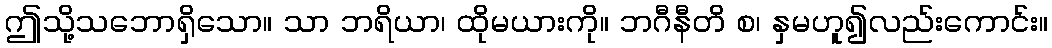
ဤသို့သဘောရှိသော။ သာ ဘရိယာ၊ ထိုမယားကို။ ဘဂီနီတိ စ၊ နှမဟူ၍လည်းကောင်း။